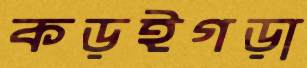
কড়ইগড়া